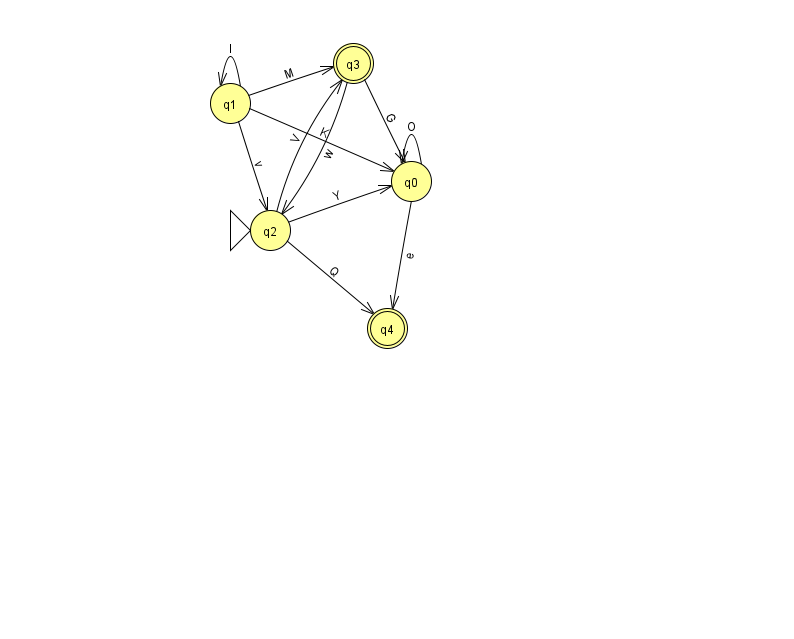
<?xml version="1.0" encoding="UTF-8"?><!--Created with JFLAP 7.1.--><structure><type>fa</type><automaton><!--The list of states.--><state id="0" name="q0"><x>411.0</x><y>168.0</y></state><state id="1" name="q1"><x>230.0</x><y>90.0</y></state><state id="2" name="q2"><x>270.0</x><y>217.0</y><initial/></state><state id="3" name="q3"><x>353.0</x><y>50.0</y><final/></state><state id="4" name="q4"><x>387.0</x><y>315.0</y><final/></state><!--The list of transitions.--><transition><from>3</from><to>0</to><read>G</read></transition><transition><from>2</from><to>0</to><read>Y</read></transition><transition><from>2</from><to>4</to><read>Q</read></transition><transition><from>1</from><to>3</to><read>M</read></transition><transition><from>1</from><to>0</to><read>K</read></transition><transition><from>1</from><to>2</to><read>v</read></transition><transition><from>0</from><to>4</to><read>e</read></transition><transition><from>1</from><to>1</to><read>l</read></transition><transition><from>2</from><to>3</to><read>V</read></transition><transition><from>0</from><to>0</to><read>O</read></transition><transition><from>3</from><to>2</to><read>w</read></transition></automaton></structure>